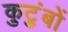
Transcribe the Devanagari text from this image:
कुटुंबों